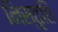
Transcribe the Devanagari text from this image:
निस्तृति